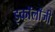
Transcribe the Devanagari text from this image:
इकाॅलाॅजी